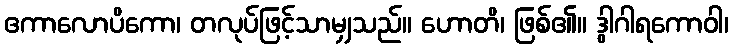
ဧကာလောပိကော၊ တလုပ်ဖြင့်သာမျှသည်။ ဟောတိ၊ ဖြစ်၏။ ဒွါဂါရကောဝါ၊